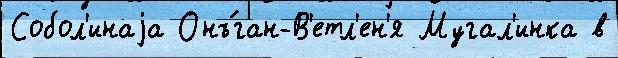
Собол'инаjа Онъ́ган-В'етл'ен'я Мугал'инка в